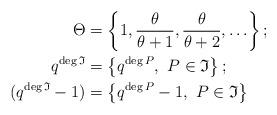
LaTeX: \begin{align*} \Theta &= \left\{1,\frac{\theta}{\theta+1},\frac{\theta}{\theta+2},\ldots\right\} ;\\ q^{\deg \mathfrak{I}} &= \left\{q^{\deg P},\,\,P \in \mathfrak{I}\right\} ;\\ (q^{\deg \mathfrak{I}}-1) &= \left\{q^{\deg P}-1,\,\,P \in \mathfrak{I}\right\} \end{align*}